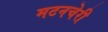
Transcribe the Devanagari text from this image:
मटनचेरी